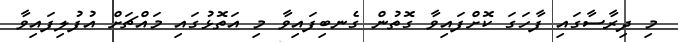
މި ދިރާސާގައި ފާހަގަ ކޮށްފައިވާ ގޮތުން ގެނބިފައިވާ މި އަތޮޅުގައި މައްޗަށް އުފުލިފައިވާ